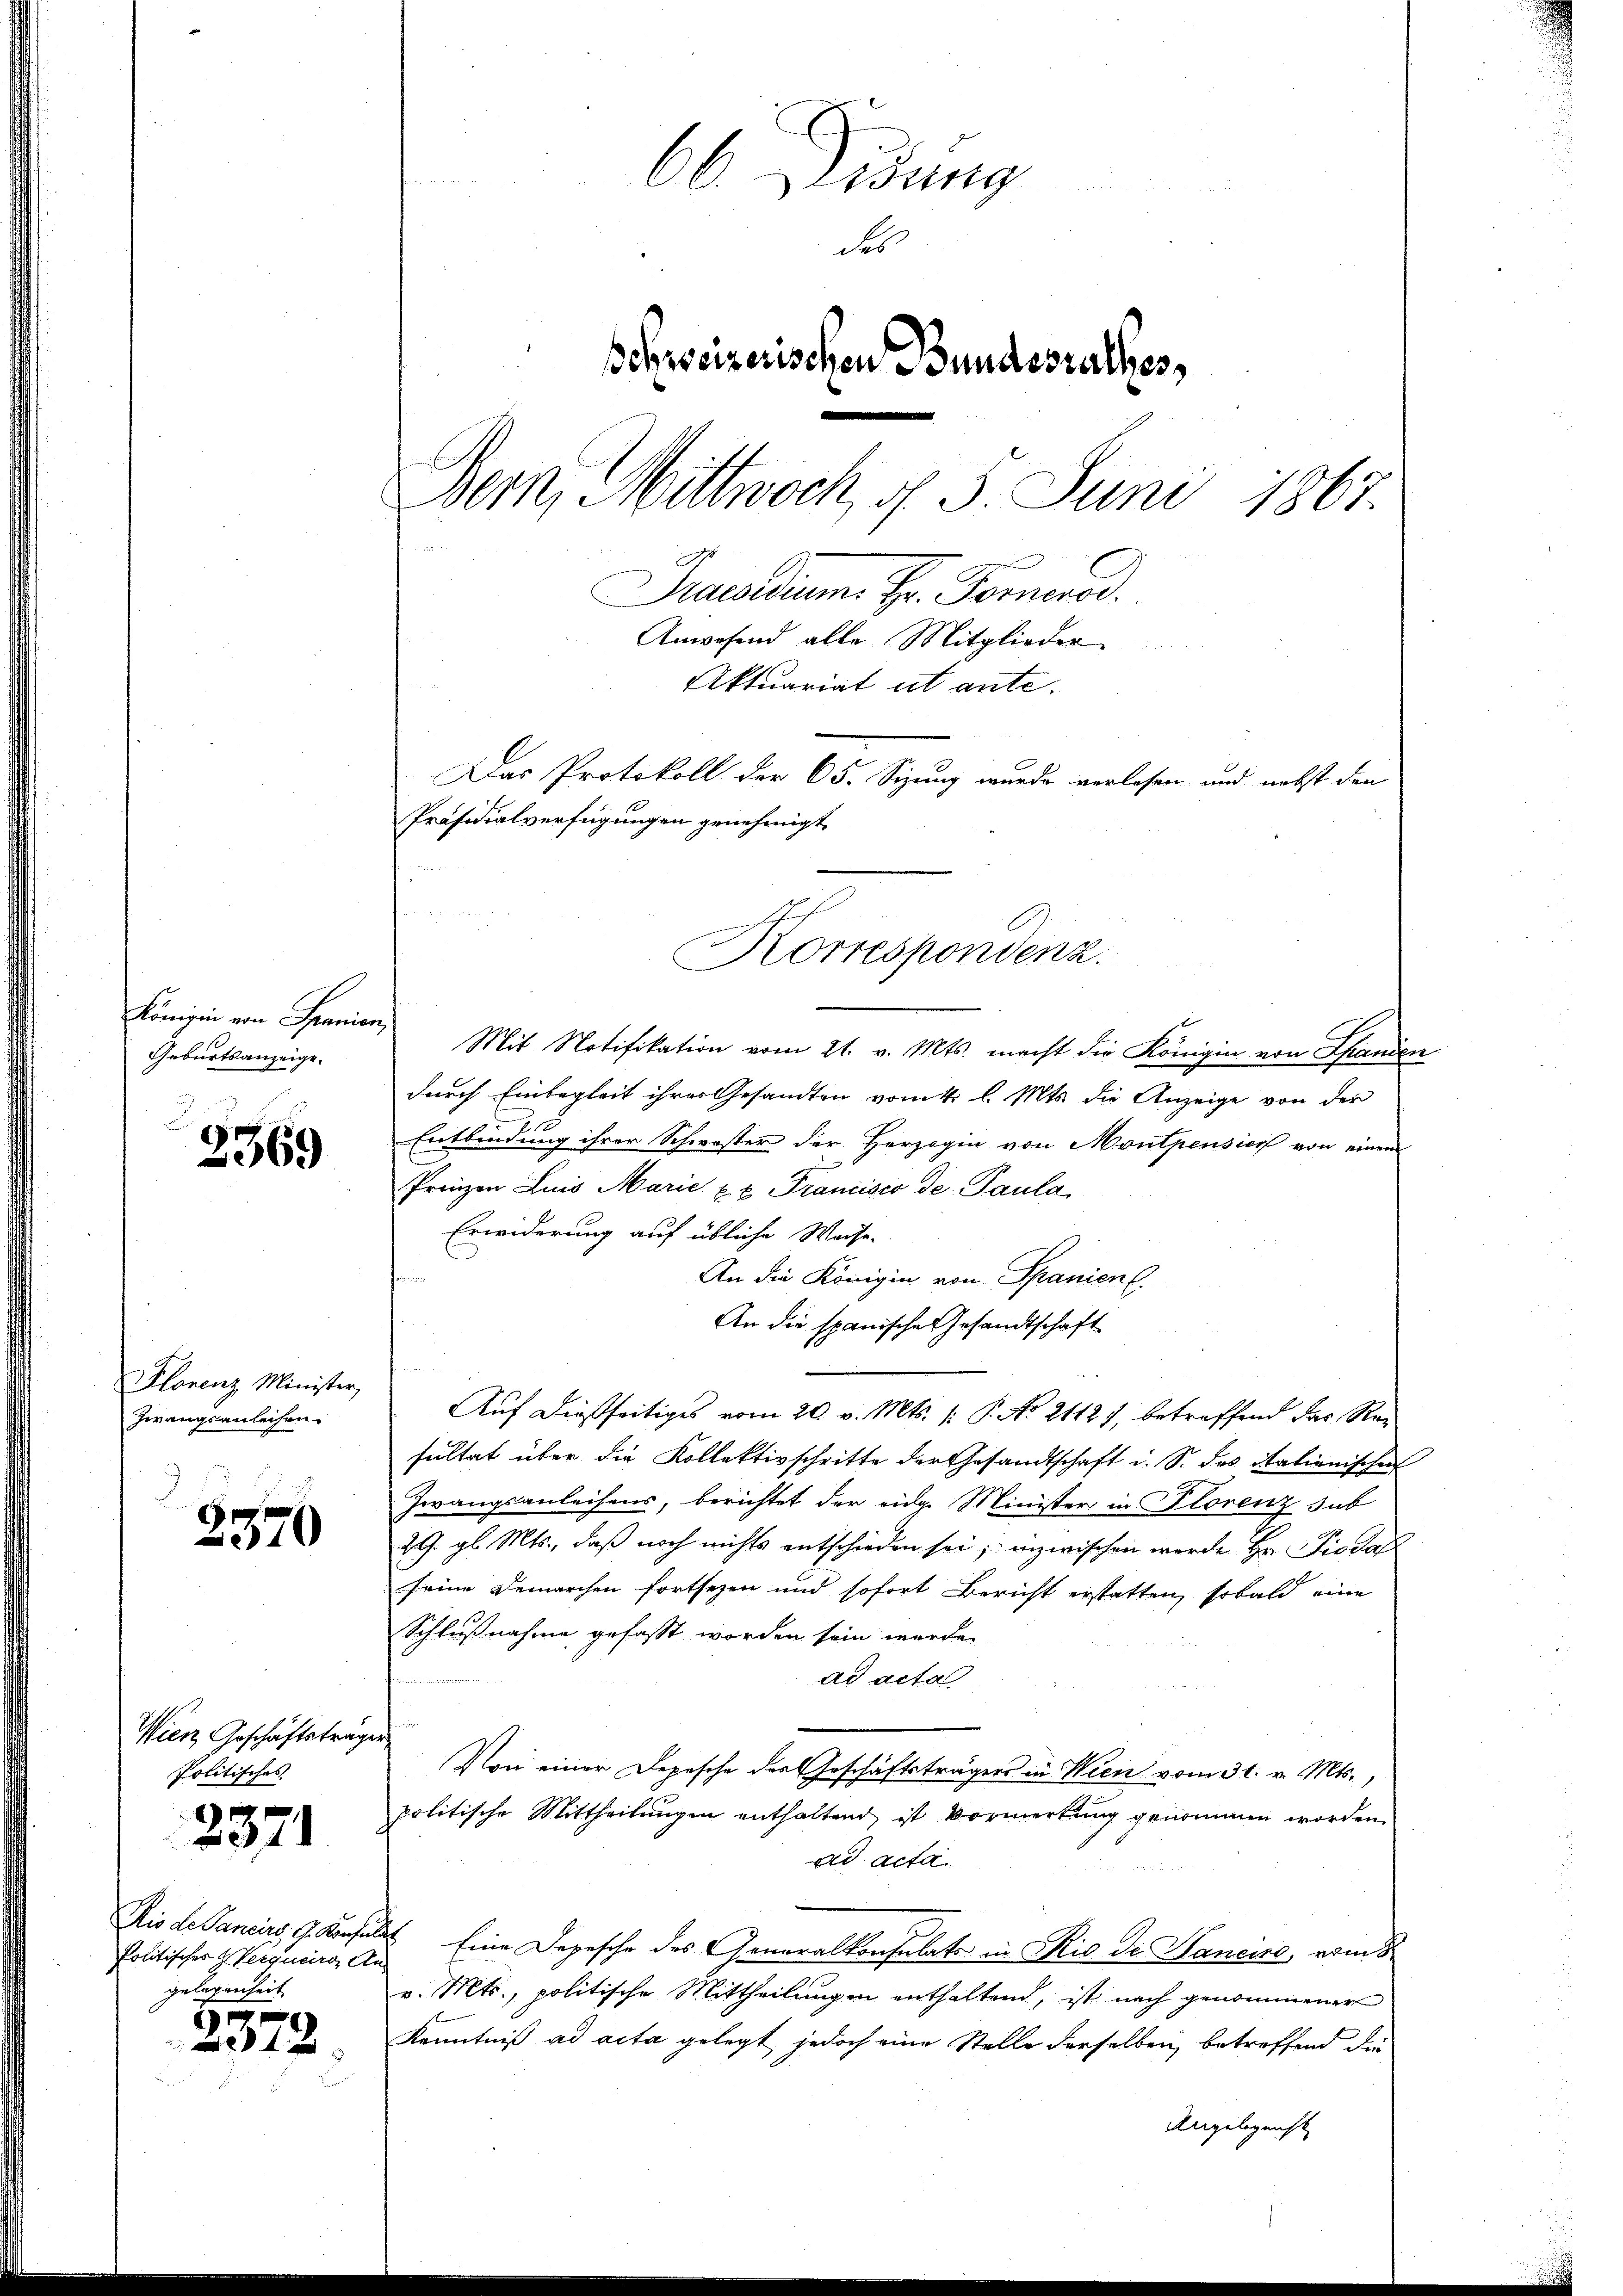
Königin von Granien,
Geburtsanzeige.

3369

Florenz Minister,
Zwangsanleihen.

2370

Wien Geschäftsträge
Politisches

2371

Rio de Sancirs, G. Konsula
politisches ZVerquers An
gelegenheit

2372.

66 Didung
des
Beheizerischen Bundesrathes,
Bern, Mittwoch, d. 5. Juni 1867.
Praedium. Hr. Pomerad
Anwesend alle Mitglieder
Aktuariat ut ante.
Das Protokoll der 65. Sizung wurde verlesen und nebst den
Präsidialverfügungen genehmigt

n
Mit Notifikation vom 21. v. Mts. macht die Königin von Thanden
durch Einbegleit ihres Gesandten vom 4. l. Mts. die Anzeige von der
1
Entbindung ihrer Schwester der Herzogin von Montpensier von einem
Prinzen Luis Marie xx Francisco de Paula
Erwiderung auf übliche Weise.
d
An die Königin von Spanien.
An die spanische Gesandtschaft
Auf dießseitiges vom 20. v. Mts. /: P. No 2112), betreffend das Resultat über die Kollektivschritte der Gesandtschaft u. S. des italienischen
Zwangsanleihens, berichtet der eidg. Minister in Florenz sub
29. gl. Mts., daß noch nichts entschieden sei; inzwischen werde Hr. Pioda
seine Demarchen fortsezen und sofort Bericht erstatten, sobald eine
Schlußnahme gefasst worden sein werde
ad acta
Noni einer Depesche der Geschäftsträgers in Wien vom 31. v. Mts.,
politische Mittheilungen enthaltend, ist Vormerkung genommen worden.
ad acta
 Eine Depesche des Generalkonsulats in Rio Dr. Hancire, ein
v. Mts., politische Mittheilungen enthaltend, ist nach genommener
Kenntniß ad acta gelegt jedoch eine Stelle derselben, betreffend die
Angeleg nicht

Korrespondenz.